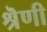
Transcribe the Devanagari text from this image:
श्रॆणी